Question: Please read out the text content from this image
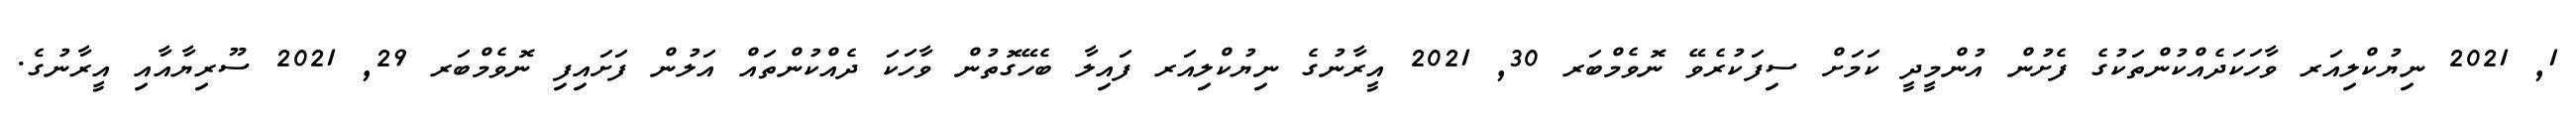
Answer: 1, 2021 ނިޔުކްލިއަރ ވާހަކަދެއްކުންތަކުގެ ފެށުން އުންމީދީ ކަމަށް ސިފަކުރެވޭ ނޮވެމްބަރ 30, 2021 އީރާނުގެ ނިޔުކްލިއަރ ފައިލާ ބެހޭގޮތުން ވާހަކަ ދެއްކުންތައް އަލުން ފަށައިފި ނޮވެމްބަރ 29, 2021 ސޫރިޔާއާއި އީރާނުގެ.